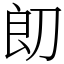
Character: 㓪